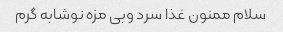
سلام ممنون غذا سرد وبی مزه نوشابه گرم